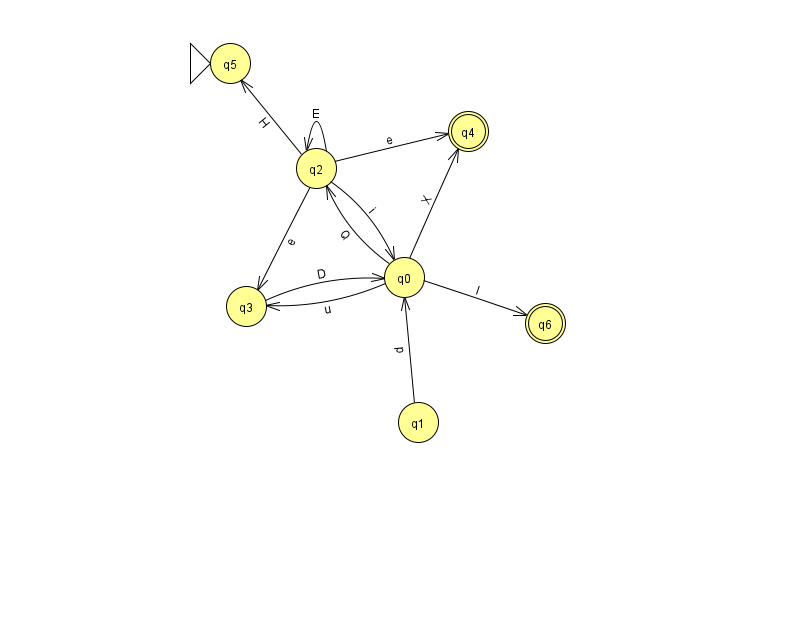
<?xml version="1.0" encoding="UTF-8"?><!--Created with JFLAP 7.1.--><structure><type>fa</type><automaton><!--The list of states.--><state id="0" name="q0"><x>404.0</x><y>264.0</y></state><state id="1" name="q1"><x>418.0</x><y>409.0</y></state><state id="2" name="q2"><x>316.0</x><y>155.0</y></state><state id="3" name="q3"><x>246.0</x><y>293.0</y></state><state id="4" name="q4"><x>468.0</x><y>118.0</y><final/></state><state id="5" name="q5"><x>230.0</x><y>50.0</y><initial/></state><state id="6" name="q6"><x>545.0</x><y>310.0</y><final/></state><!--The list of transitions.--><transition><from>0</from><to>4</to><read>X</read></transition><transition><from>2</from><to>2</to><read>E</read></transition><transition><from>0</from><to>2</to><read>Q</read></transition><transition><from>0</from><to>3</to><read>u</read></transition><transition><from>3</from><to>0</to><read>D</read></transition><transition><from>1</from><to>0</to><read>p</read></transition><transition><from>0</from><to>6</to><read>I</read></transition><transition><from>2</from><to>5</to><read>H</read></transition><transition><from>2</from><to>3</to><read>e</read></transition><transition><from>2</from><to>4</to><read>e</read></transition><transition><from>2</from><to>0</to><read>i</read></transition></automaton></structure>